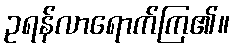
ဥရန်လာရောက်ကြ၏။